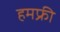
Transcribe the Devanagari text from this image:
हमफ्री